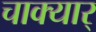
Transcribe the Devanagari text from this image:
चाक्यार्